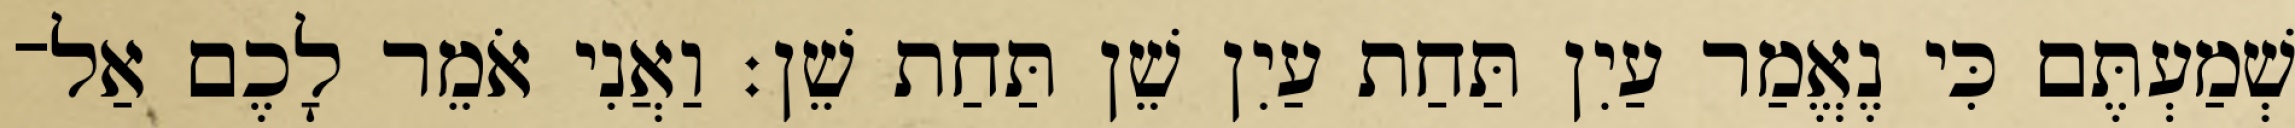
שְׁמַעְתֶּם כִּי נֶאֱמַר עַיִן תַּחַת עַיִן שֵׁן תַּחַת שֵׁן׃ וַאֲנִי אֹמֵר לָכֶם אַל־